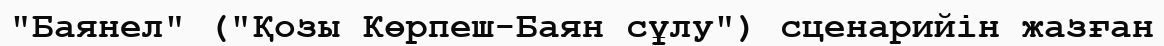
"Баянел" ("Қозы Көрпеш-Баян сұлу") сценарийін жазған